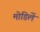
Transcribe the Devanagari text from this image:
मोडिलें